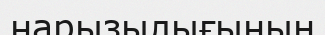
нарызылығының